Madras plague regulations and rules - Volume 1
Disease focus: Plague
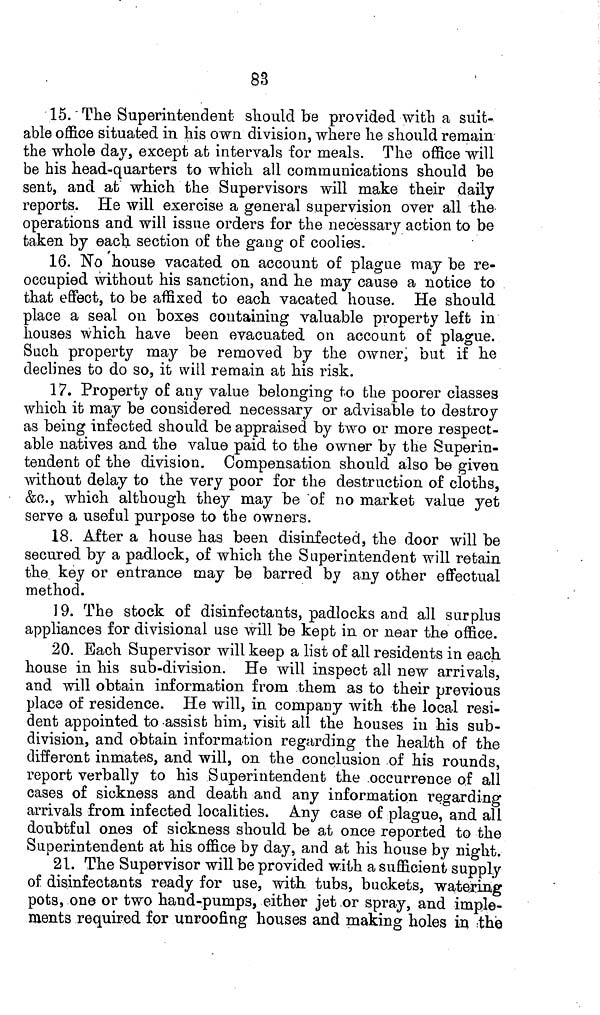
83
15. "The Superintendent should be provided with a suit-
able office situated in his own division, where he should remain
the whole day, except at intervals for meals. The office will
be his head-quarters to which all communications should be
sent, and at which the Supervisors will make their daily
reports. He will exercise a general supervision over all the
operations and will issue orders for the necessary action to be
taken by each section of the gang of coolies.
16. No house vacated on account of plague may be re-
occupied without his sanction, and he may cause a notice to
that effect, to be affixed to each vacated house. He should
place a seal on boxes containing valuable property left in
houses which have been evacuated on account of plague.
Such property may be removed by the owner, but if he
declines to do so, it will remain at his risk.
17. Property of any value belonging to the poorer classes
which it may be considered necessary or advisable to destroy
as being infected should be appraised by two or more respect-
able natives and the value paid to the owner by the Superin-
tendent of the division. Compensation should also be given
without delay to the very poor for the destruction of cloths,
&c., which although they may be of no market value yet
serve a useful purpose to the owners.
18. After a house has been disinfected, the door will be
secured by a padlock, of which the Superintendent will retain
the key or entrance may be barred by any other effectual
method.
19. The stock of disinfectants, padlocks and all surplus
appliances for divisional use will be kept in or near the office.
20. Each Supervisor will keep a list of all residents in each
house in his sub-division. He will inspect all new arrivals,
and will obtain information from them as to their previous
place of residence. He will, in company with the local resi-
dent appointed to assist him, visit all the houses in his sub-
division, and obtain information regarding the health of the
different inmates, and will, on the conclusion of his rounds,
report verbally to his Superintendent the occurrence of all
cases of sickness and death and any information regarding
arrivals from infected localities. Any case of plague, and all
doubtful ones of sickness should be at once reported to the
Superintendent at his office by day, and at his house by night.
21. The Supervisor will be provided with a sufficient supply
of disinfectants ready for use, with tubs, buckets, watering
pots, one or two hand-pumps, either jet or spray, and imple-
ments required for unroofing houses and making holes in the